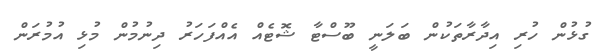
ގުޅުން ހުރި އިދާރާތަކުން ބަލަނީ ބޫސްޓާ ޝޮޓެއް އެއްފަހަރު ދިނުމުން މުޅި އުމުރަން